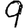
Digit: 9